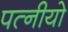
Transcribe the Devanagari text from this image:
पत्नीयो